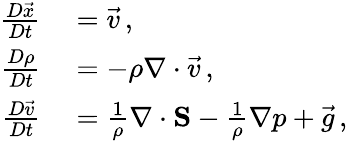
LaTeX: \begin{array}{rl}{\frac{D\vec{x}}{Dt}}&{{}=\vec{v}\, ,}\\ {\frac{D\rho}{Dt}}&{{}=-\rho\nabla\cdot\vec{v}\, ,}\\ {\frac{D\vec{v}}{Dt}}&{{}=\frac{1}{\rho}\nabla\cdot\mathbf{S}-\frac{1}{\rho}\nabla p+\vec{g}\, ,}\end{array}